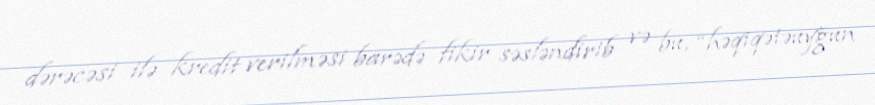
dərəcəsi ilə kredit verilməsi barədə fikir səsləndirib və bu, “həqiqətəuyğun